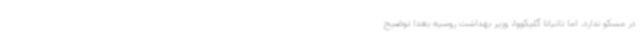
در مسکو ندارد. اما تاتیانا گلیکووا، وزیر بهداشت روسیه بعداً توضیح